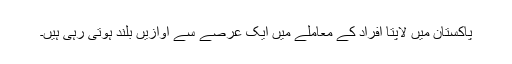
پاکستان میں لاپتا افراد کے معاملے میں ایک عرصے سے آوازیں بلند ہوتی رہی ہیں۔